Indian journal of veterinary science and animal husbandry - Volumes 26-27, 1956-1957
Year: 1956
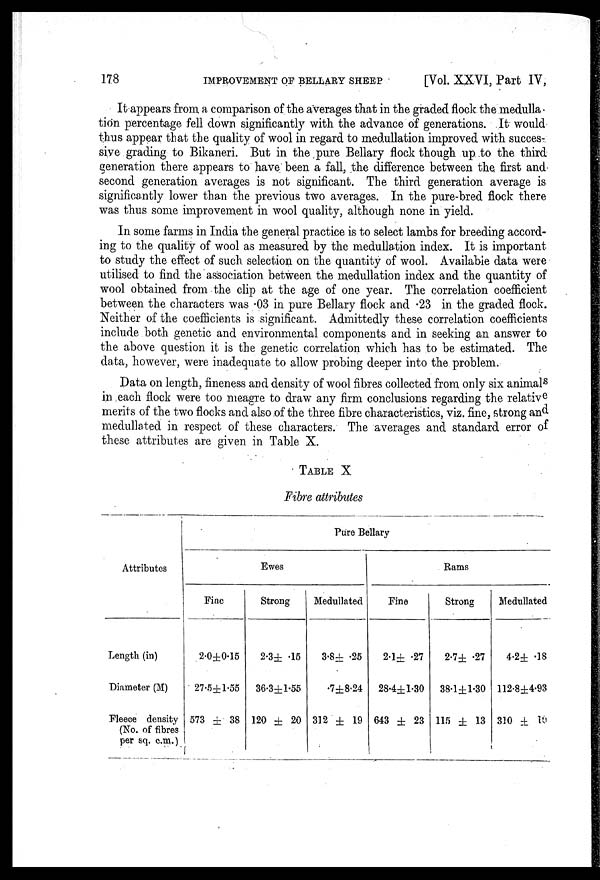
178
IMPROVEMENT OF BELLARY SHEEP
[Vol. XXVI, Part IV,
It appears from a comparison of the averages that in the graded flock the medulla -
tion percentage fell down significantly with the advance of generations. It would
thus appear that the quality of wool in regard to medullation improved with succes-
sive grading to Bikaneri. But in the pure Bellary flock though up to the third
generation there appears to have been a. fall, the difference between the first and
second generation averages is not significant. The third generation average is
significantly lower than the previous two averages. In the pure-bred flock there
was thus some improvement in wool quality, although none in yield.
In some farms in India the general practice is to select lambs for breeding accord-
ing to the quality of wool as measured by the medullation index. It is important
to study the effect of such selection on the quantity of wool. Available data were
utilised to find the association between the medullation index and the quantity of
wool obtained from the clip at the age of one year. The correlation coefficient
between the characters was .03 in pure Bellary flock and .23 in the graded flock.
Neither of the coefficients is significant. Admittedly these correlation coefficients
include both genetic and environmental components and in seeking an answer to
the above question it is the genetic correlation which has to be estimated. The
data, however, were inadequate to allow probing deeper into the problem.
Data on length, fineness and density of wool fibres collected from only six animals
in each flock were too meagre to draw any firm conclusions regarding the relative
merits of the two flocks and also of the three fibre characteristics, viz. fine, strong and
medullated in respect of these characters. The averages and standard error of
these attributes are given in Table X.
TABLE X
Fibre attributes
Attributes
Length (in)
Diameter (M)
Fleece density
(No. of fibres
per sq. c.m.)
Pure Bellary
Ewes
Fine
2.0±0.15
27.5±1.55
573 ± 38
Strong
2.3± .15
36.3±1.55
120 ± 20
Medullated
3.8± .25
.7±8.24
312 ± 19
Rams
Fine
2.1± .27
28.4±1.30
643 ± 23
Strong
2.7± .27
38.1±1.30
115 ± 13
Medullated
4.2± .18
112.8±4.93
310 ± 10